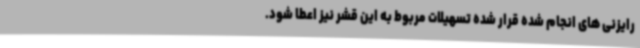
رایزنی های انجام شده قرار شده تسهیلات مربوط به این قشر نیز اعطا شود.